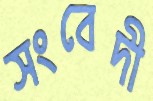
সংবেদী